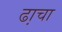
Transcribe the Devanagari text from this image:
ढा़चा